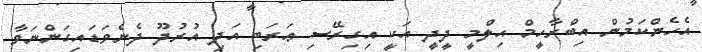
އެހެންކަމުން އިބްރާހީމް ޙިލްމީ ދީދީ އަކީ އިގިރޭސި ޢަރަބި އަދި އުރުދޫ ދެނެވަޑައިގަންނަވާ